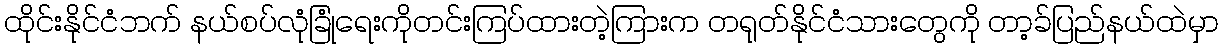
ထိုင်းနိုင်ငံဘက် နယ်စပ်လုံခြုံရေးကိုတင်းကြပ်ထားတဲ့ကြားက တရုတ်နိုင်ငံသားတွေကို တာ့ခ်ပြည်နယ်ထဲမှာ